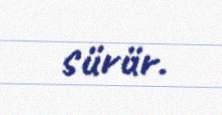
sürür.